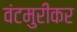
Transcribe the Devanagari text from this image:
वंटमुरीकर